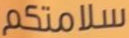
سلامتكم